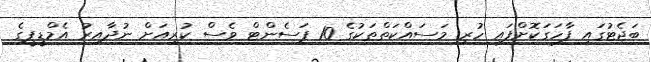
ބަޖެޓުގައި ފާހަގަކޮށްފައި ހުރި މަސައްކަތްތަކުގެ 10 ޕަސެންޓް ވެސް ކުރިއަށް ނުދާއިރު އެމްޑީޕީގެ